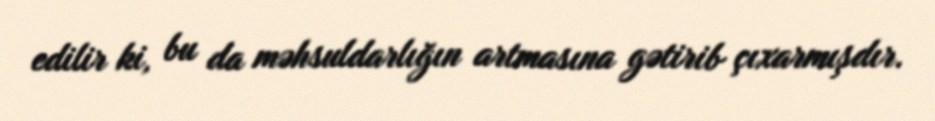
edilir ki, bu da məhsuldarlığın artmasına gətirib çıxarmışdır.